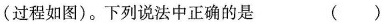
(过程如图)。下列说法中正确的是 ()